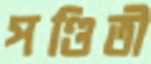
পণ্ডিতী